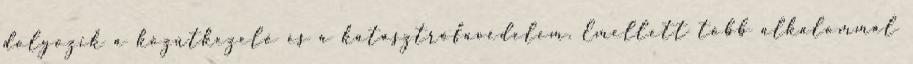
dolgozik a közútkezelő és a katasztrófavédelem. Emellett több alkalommal